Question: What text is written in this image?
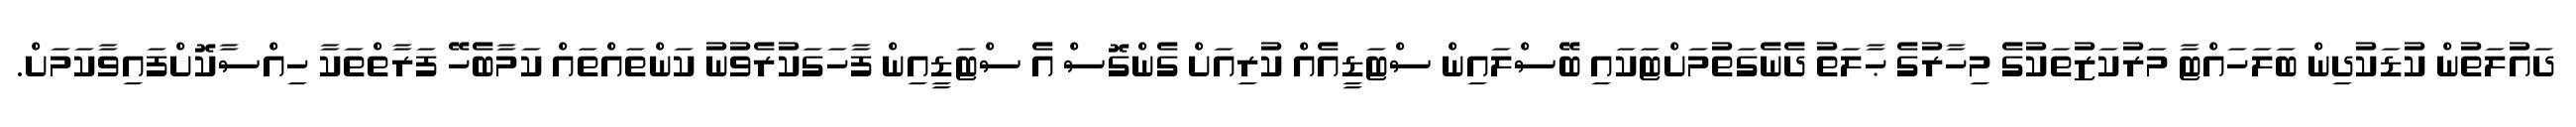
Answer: ދައުލަތުން ކުޑަކުދިން ބަލަހައްޓާ މަރުކަޒުތަކުގެ މިހާރުގެ ޙާލަތު ދެނެގަތުމަށްޓަކައި ބޭސްލައިން ސްޓަޑީއެއް ކުރިއަށް ގެންގޮސް އެ ސްޓަޑީއިން ފާހަގަކުރެވުނު ކަންތައްތައް ކަމާބެހޭ ފަރާތްތަކާ ހިއްސާކޮށްފައިވާކަމަށް.